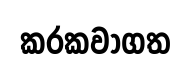
කරකවාගත